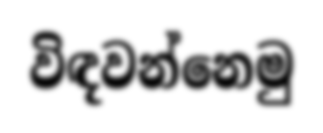
විඳවන්නෙමු